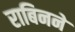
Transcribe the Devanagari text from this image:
राबिनने